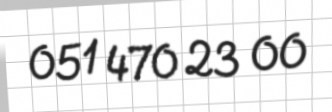
051 470 23 00